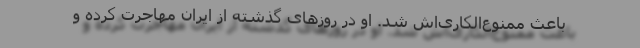
باعث ممنوع‌الکاری‌اش شد. او در روزهای گذشته از ایران مهاجرت کرده و